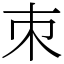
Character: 朿